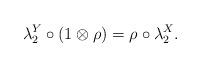
LaTeX: \begin{gather*}\lambda_2^Y\circ (1\otimes\rho)=\rho\circ\lambda_2^X.\end{gather*}